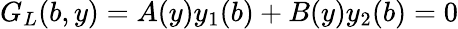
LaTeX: G_{L}(b,y)=A(y)y_{1}(b)+B(y)y_{2}(b)=0